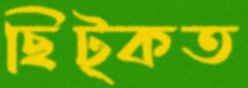
ছিট্‌কত